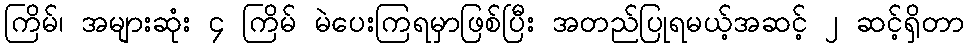
ကြိမ်၊ အများဆုံး ၄ ကြိမ် မဲပေးကြရမှာဖြစ်ပြီး အတည်ပြုရမယ့်အဆင့် ၂ ဆင့်ရှိတာ